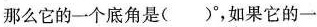
那么它的一个底角是（ ）°，如果它的一